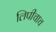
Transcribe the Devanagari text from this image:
लिपीचाच